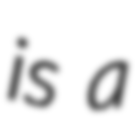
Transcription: is a